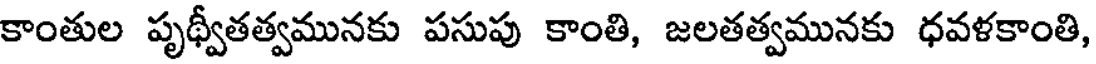
కాంతుల పృథ్వీతత్వమునకు పసుపు కాంతి, జలతత్వమునకు ధవళకాంతి,